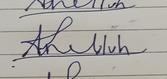
Signature authenticity: forged